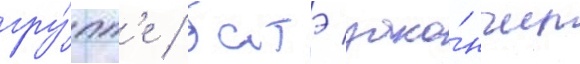
гру́пп'е / батэ зако́нчил